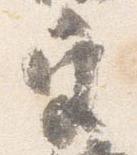
宮